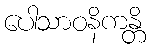
ပေါသာဝနိကန္တိ